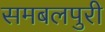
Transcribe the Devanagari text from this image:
समबलपुरी